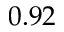
0 . 9 2